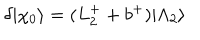
LaTeX: \delta | \chi _ { 0 } \rangle = ( L _ { 2 } ^ { + } + b ^ { + } ) | \Lambda _ { 2 } \rangle